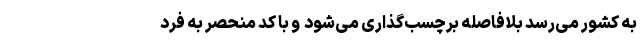
به کشور می‌رسد بلافاصله برچسب‌گذاری می‌شود ‌ و با کد منحصر به فرد